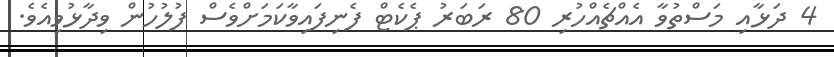
4 ދަޅާއި މަސްތުވާ އެއްޗެއްހުރި 80 ރަބަރު ޕެކެޓް ފެނިފައިވާކަމަށްވެސް ފުލުހުން ވިދާޅުވިއެވެ.